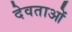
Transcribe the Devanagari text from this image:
देवताओं